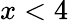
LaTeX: x<4